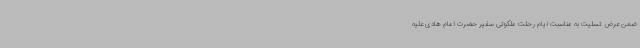
ضمن عرض تسلیت به مناسبت ایام رحلت ملکوتی سفیر حضرت امام هادی علیه